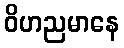
ဝိဟညမာနေ